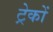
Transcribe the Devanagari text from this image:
ट्रेकों